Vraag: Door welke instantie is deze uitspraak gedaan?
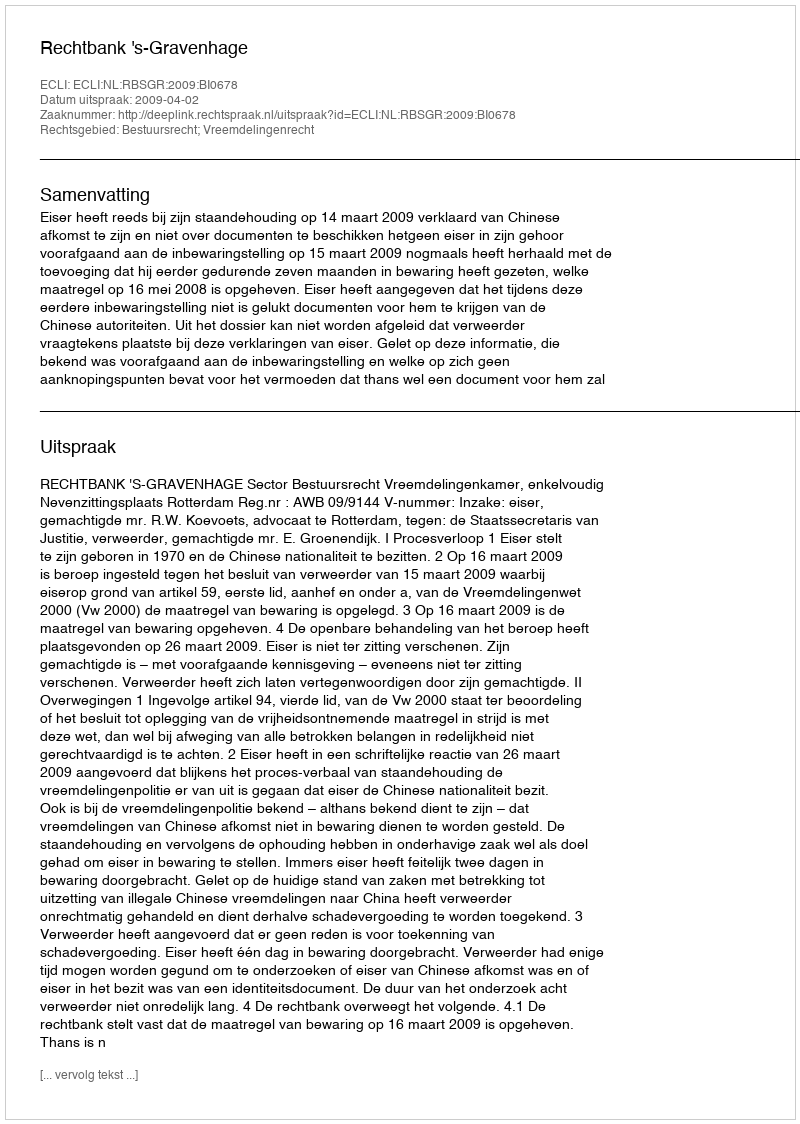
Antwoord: Rechtbank 's-Gravenhage